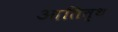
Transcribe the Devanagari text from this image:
आतित्थ